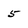
Character: 5